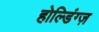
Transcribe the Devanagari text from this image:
होल्डिंग्ज़